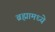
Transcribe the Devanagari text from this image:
ब्रह्मामध्ये